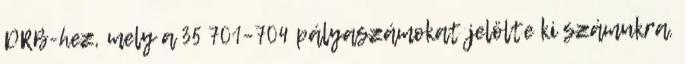
DRB-hez, mely a 35 701–704 pályaszámokat jelölte ki számukra.